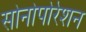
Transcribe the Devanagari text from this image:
सोनोपोरेशन